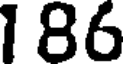
186